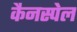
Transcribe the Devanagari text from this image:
कैनस्पेल